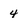
Character: 4